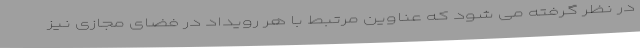
در نظر گرفته می شود که عناوین مرتبط با هر رویداد در فضای مجازی نیز